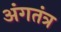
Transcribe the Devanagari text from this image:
अंगतंत्र